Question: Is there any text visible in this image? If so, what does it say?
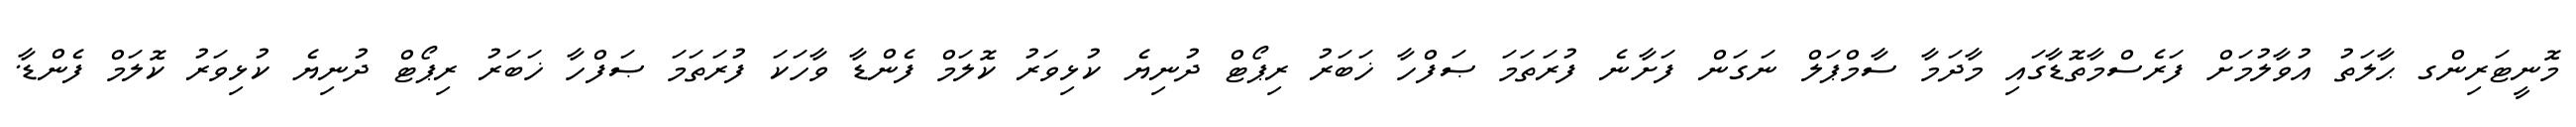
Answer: މޮނީޓަރިންގ ޙާލަތު އުވާލުމަށް ފަރެސްމާތޮޑާގައި މާދަމާ ސާމްޕަލް ނަގަން ފަށާނެ ފުރަތަމަ ޞަފްހާ ޚަބަރު ރިޕޯޓް ދުނިޔެ ކުޅިވަރު ކޮލަމް ފެންޑާ ވާހަކަ ފުރަތަމަ ޞަފްހާ ޚަބަރު ރިޕޯޓް ދުނިޔެ ކުޅިވަރު ކޮލަމް ފެންޑާ.